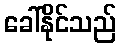
ခေါ်နိုင်သည်